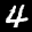
Digit: 4